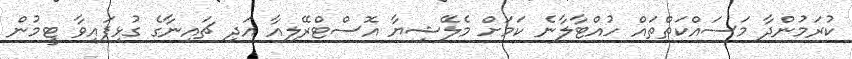
ކުރަމުންދާ މަސައްކަތްތައް ހުއްޓާލާނެ ކަމަށް މެލޭޝިޔާ އޮސްޓްރޭލިއާ އަދި ޗައިނާގެ ގުޅިފައިވާ ޓީމުން